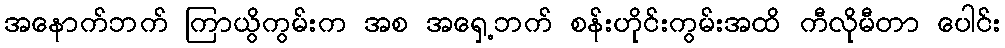
အနောက်ဘက် ကြာယွိကွမ်းက အစ အရှေ့ဘက် စန်းဟိုင်းကွမ်းအထိ ကီလိုမီတာ ပေါင်း